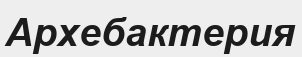
Архебактерия